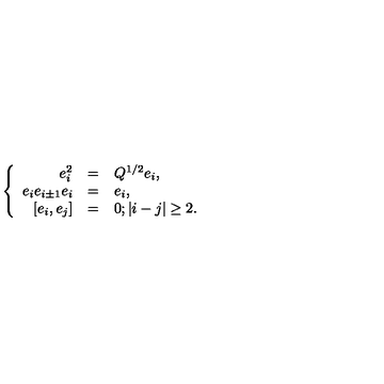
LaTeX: \left\{ \begin{array} { r c l } { e _ { i } ^ { 2 } } & { = } & { Q ^ { 1 / 2 } e _ { i } , } \\ { e _ { i } e _ { i \pm 1 } e _ { i } } & { = } & { e _ { i } , } \\ { [ e _ { i } , e _ { j } ] } & { = } & { 0 ; | i - j | \geq 2 . } \\ \end{array} \right.